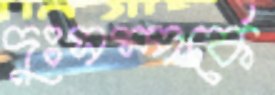
দুঃসম্পর্কে